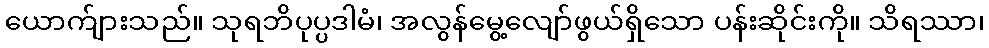
ယောက်ျားသည်။ သုရဘိပုပ္ပဒါမံ၊ အလွန်မွေ့လျော်ဖွယ်ရှိသော ပန်းဆိုင်းကို။ သိရဿာ၊